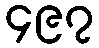
၄၉၇